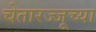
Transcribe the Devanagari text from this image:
चेतारज्जूच्या